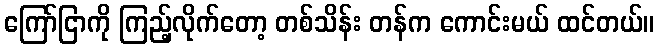
ကြော်ငြာကို ကြည့်လိုက်တော့ တစ်သိန်း တန်က ကောင်းမယ် ထင်တယ်။